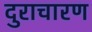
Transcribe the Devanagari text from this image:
दुराचारण